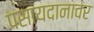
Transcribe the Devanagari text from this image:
पसायदानावर